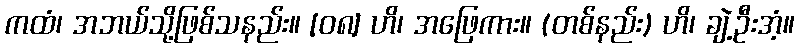
ကထံ၊ အဘယ်သို့ဖြစ်သနည်း။ [၀၈] ဟိ၊ အဖြေကား။ (တစ်နည်း) ဟိ၊ ချဲ့ဦးအံ့။